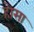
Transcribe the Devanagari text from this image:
होसा